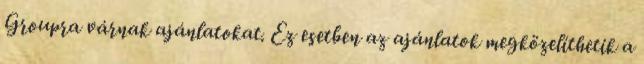
Groupra várnak ajánlatokat. Ez esetben az ajánlatok megközelíthetik a